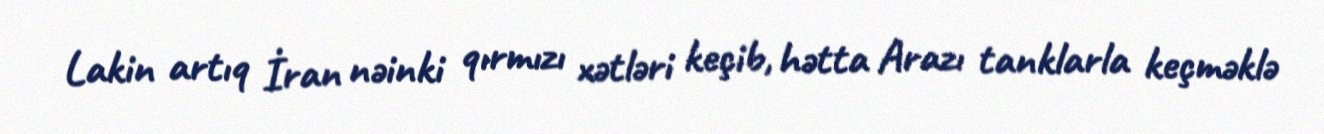
Lakin artıq İran nəinki qırmızı xətləri keçib, hətta Arazı tanklarla keçməklə